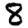
Digit: 8